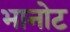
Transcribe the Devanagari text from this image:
भानोट